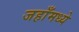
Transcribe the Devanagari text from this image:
जहाँमध्ये